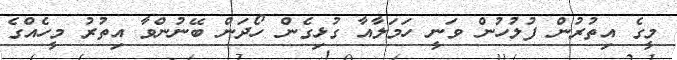
މީގެ އިތުރުން ފުލުހުން ވަނީ ހަމަލާއާ ގުޅިގެން ހޯދަން ބޭނުންވާ އިތުރު މީހެއްގެ